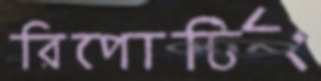
রিপোর্টিং